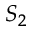
S _ { 2 }